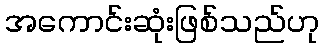
အကောင်းဆုံးဖြစ်သည်ဟု